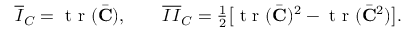
\begin{array} { r } { \overline { { I } } _ { C } = \textrm { t r } ( \bar { \bf { C } } ) , \qquad \overline { { I I } } _ { C } = \frac { 1 } { 2 } \big [ \textrm { t r } ( \bar { \bf { C } } ) ^ { 2 } - \textrm { t r } ( \bar { \bf { C } } ^ { 2 } ) \big ] . } \end{array}